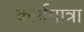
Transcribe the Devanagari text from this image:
कार्यमात्रा